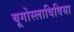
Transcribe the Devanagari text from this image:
यूगोस्लाविविया